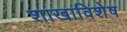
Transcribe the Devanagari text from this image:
शाखाविशेष